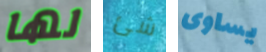
لها شئ يساوى